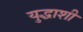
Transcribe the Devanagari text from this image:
युद्धाशी